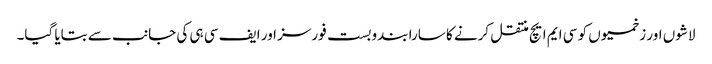
لاشوں اور زخمیوں کو سی ایم ایچ منتقل کرنے کا سارا بندوبست فورسز اور ایف سی ہی کی جانب سے بتایا گیا۔